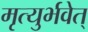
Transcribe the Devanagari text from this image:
मृत्युर्भवेत्